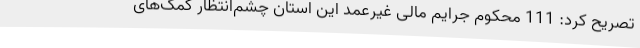
تصریح ‌کرد: 111 محکوم جرایم مالی غیرعمد این استان چشم‌انتظار کمک‌های